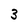
Character: 3